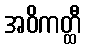
အဝိကတ္ထီ